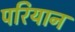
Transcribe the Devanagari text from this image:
परियान